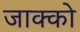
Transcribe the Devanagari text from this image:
जाक्को